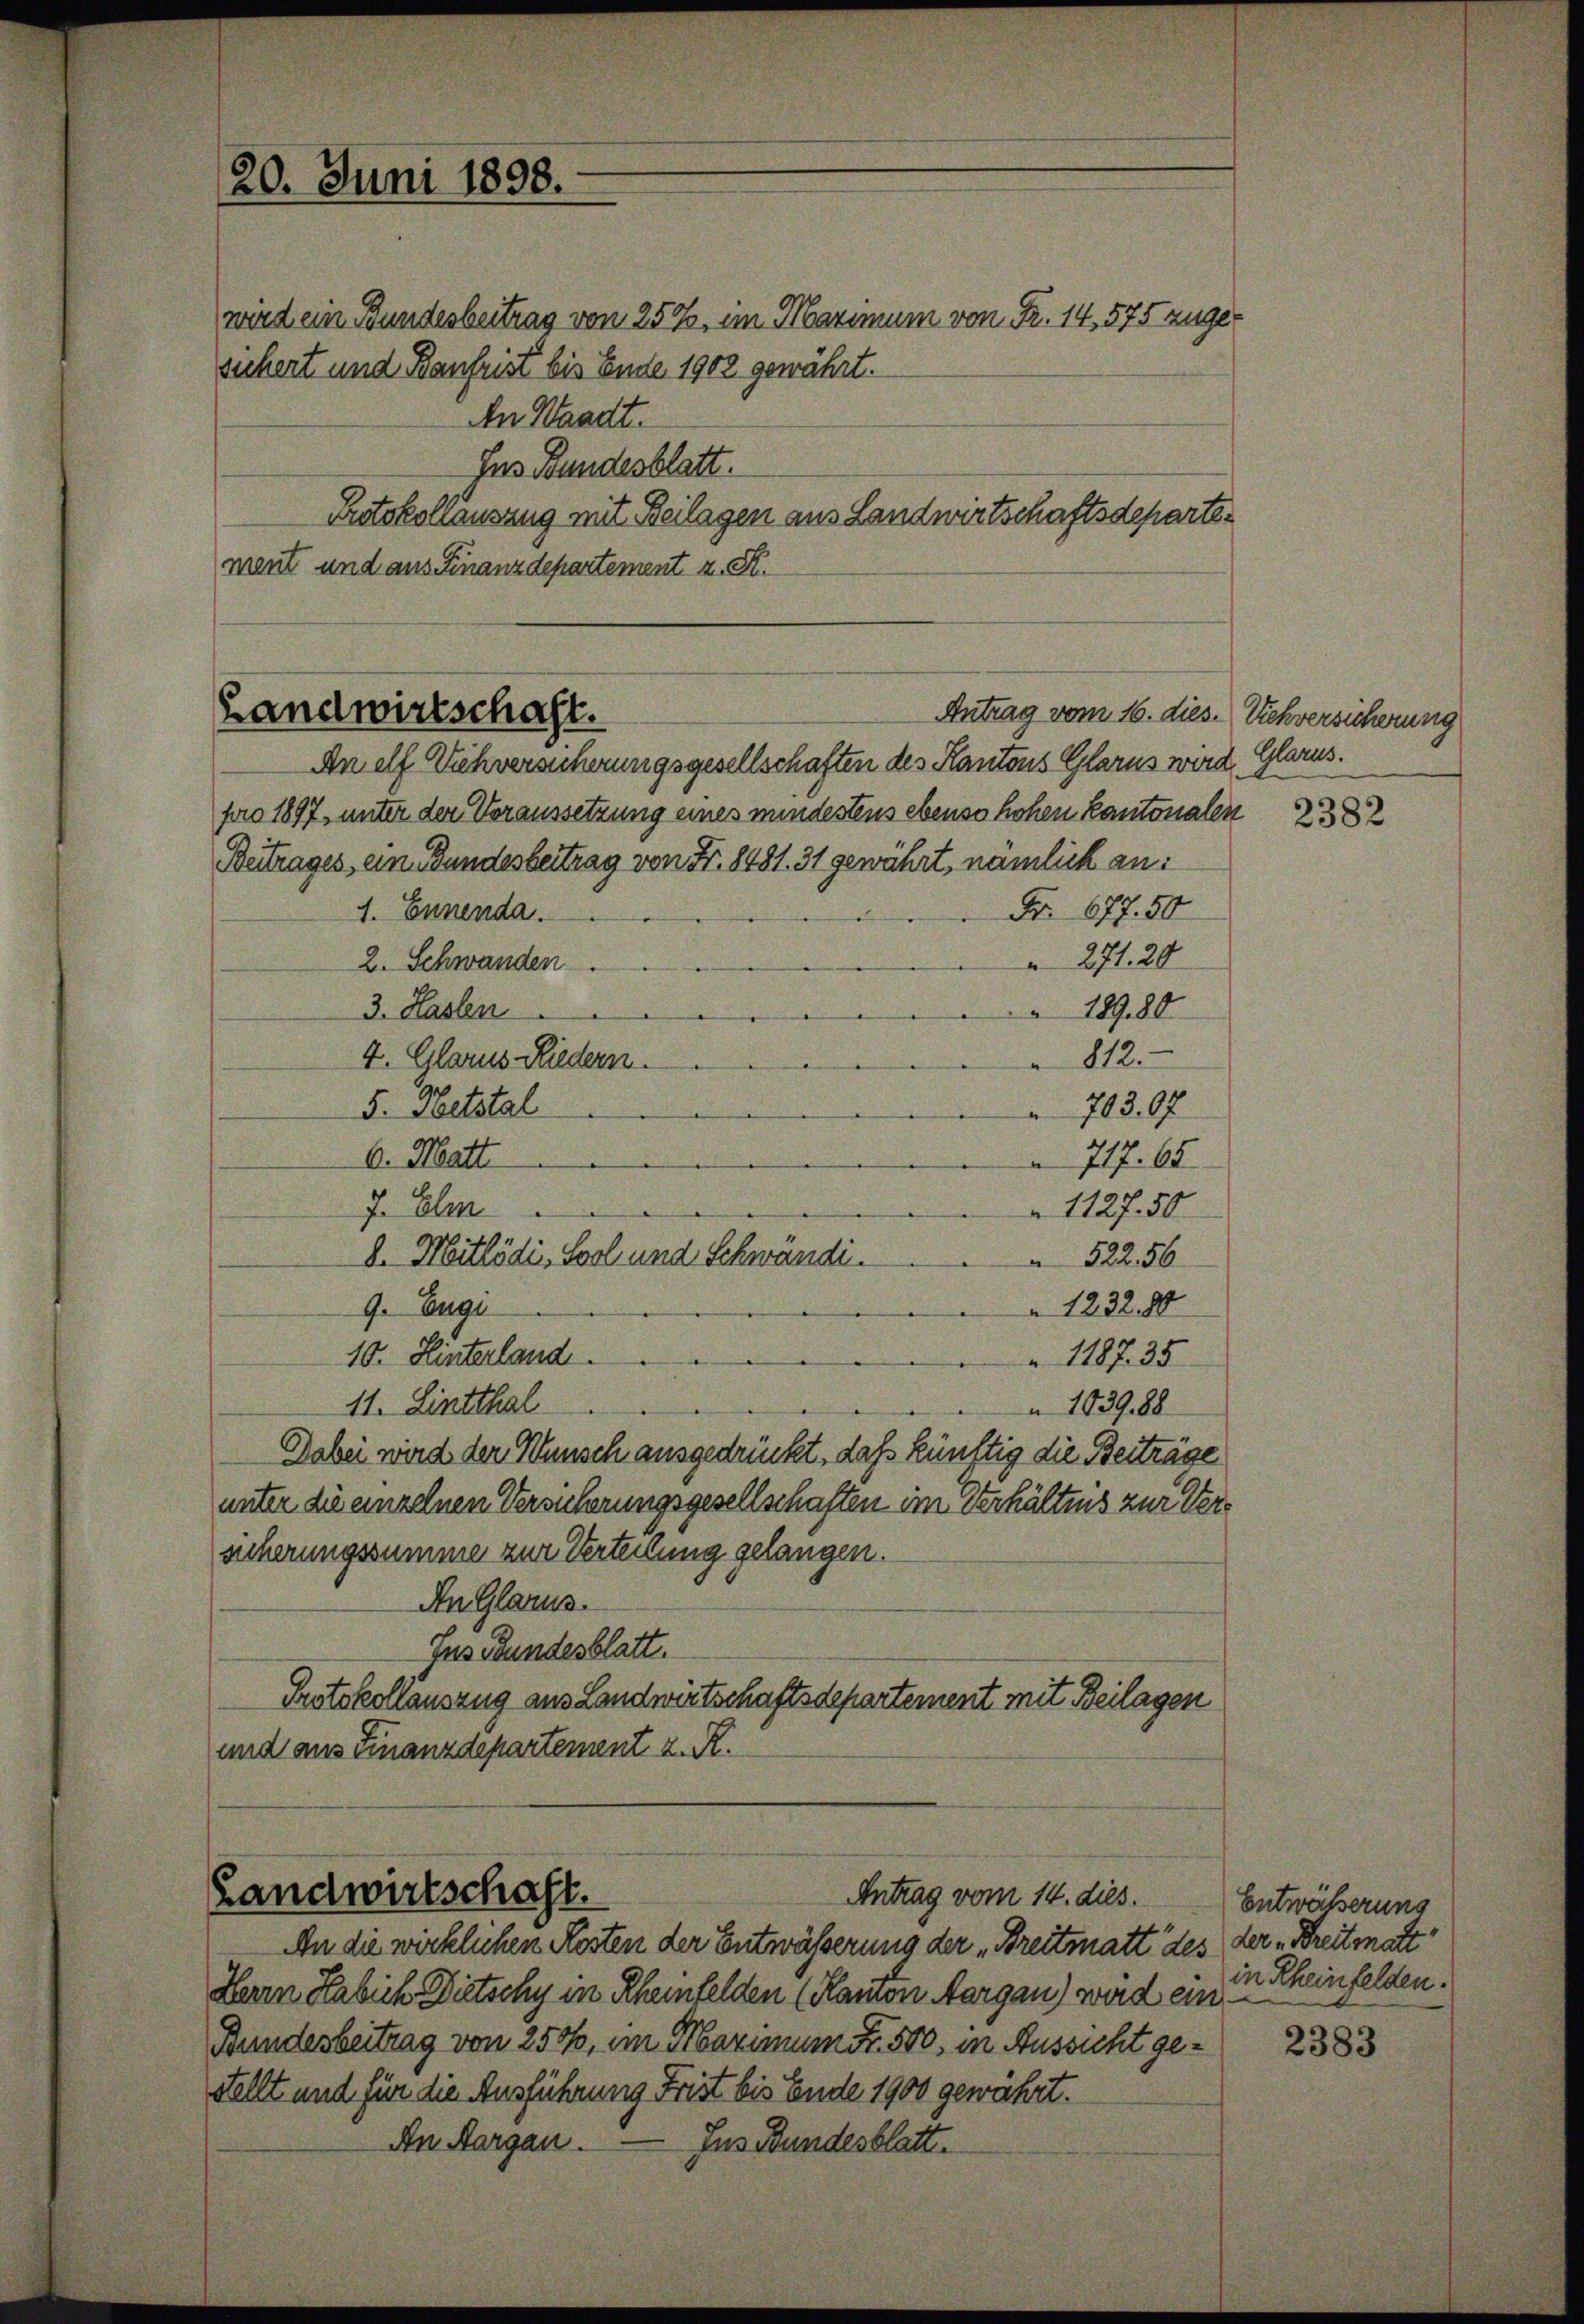
20. Juni 1898.

wird ein Bundesbeitrag von 25%, im Maximum von Fr. 14, 575 zugesichert und Baufrist bis Ende 1902 gewährt.
An Waadt.
Ins Bundesblatt.
Protokollauszug mit Beilagen aus Landwirtschaftsdepartement und aus Finanzdepartement z. R.

Landwirtschaft.
Antrag vom 16. dies. Viehversicherung

An elf Viehversicherungsgesellschaften des Kantons Glarus wird. Glarus.
pro 1897, unter der Voraussetzung eines mindestens ebenso hohen Kantonalen 3. 582
Beitrages, eine Bundesbeitrag von Fr. 8481. 31 gewährt, nämlich an:
Nr. 677. 50
1. Ennenda
 271. 20
2. Schwanden.
18980
3. Haslen
812.
4. Glarus Riedern.
703. 97.
5. Hetstal
6. Matt.
 717. 65
7. Elm
1127.50
8. Mitlödi, Sool und Schwändi¬
52256
1232. 80
9. Eugi
e
10. Hinterland
1187. 35
11. Lintthal
 1039,88
Dabei wird der Wunsch ausgedrückt, daß künftig die Beiträge
unter die einzelnen Versicherungsgesellschaften im Verhältnis zur Versicherungssumme zur Verteilung gelangen.
An Glarus.
Ins Bundesblatt.
Protokollauszug aus Landwirtschaftsdepartement mit Beilagen
und aus Finanzdepartement z. R.

Landwirtschaft.
Antrag vom 14. dies.

An die wirklichen Kosten der Entwässerung der „Breitmatt des der „Breitmatt
Herrn Habich Dietschy in Rheinfelden (Kanton Aargau) wird ein
Bundesbeitrag von 250, im Maximum Fr. 500, in Aussicht gestellt und für die Ausführung Frist bis Ende 1900 gewährt.
An Aargau.
Jus Bundesblatt.

Entwässerung
in Rheinfelden.

2383